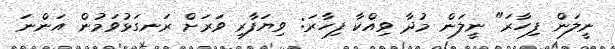
ނީލަން ފިހާރަ" ނީލަން މުދާ ވިއްކާ ފިހާރަ: ވިޔަފާރި ވަރަށް ރަނގަޅުވަމުން އަންނަ